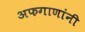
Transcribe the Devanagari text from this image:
अफगाणांनी